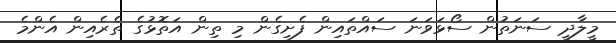
މީލާދީ ސަނަތުން ސޯޅަވަނަ ސައްތައިން ފެށިގެން މި ތިން އަތޮޅުގެ ތެރެއިން އެންމެ